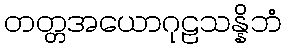
တတ္တအယောဂုဠသန္နိဘံ